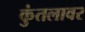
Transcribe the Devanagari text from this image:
कुंतलावर